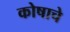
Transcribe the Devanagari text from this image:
कोषाचे